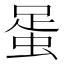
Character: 𧋩